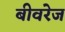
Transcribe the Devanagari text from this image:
बीवरेज